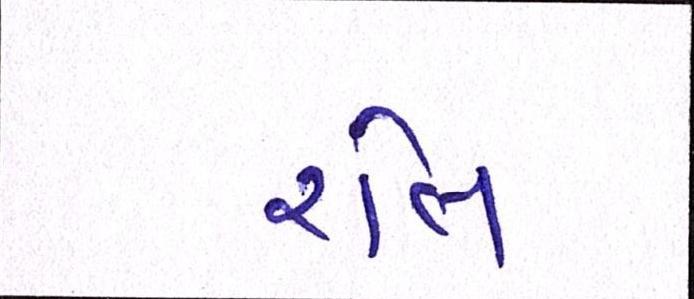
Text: રોલ